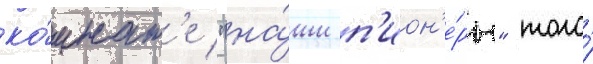
ко́мнат'е "на́ши п'ион'е́ры" того́